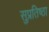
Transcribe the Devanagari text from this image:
सुप्रतिष्ठा